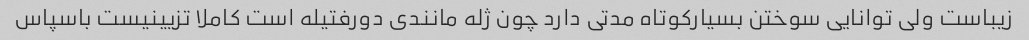
زیباست ولی توانایی سوختن بسیارکوتاه مدتی دارد چون ژله مانندی دورفتیله است کاملا تزیینیست باسپاس